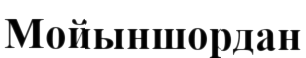
Мойыншордан